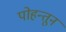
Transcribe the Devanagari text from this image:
पोहन्तून